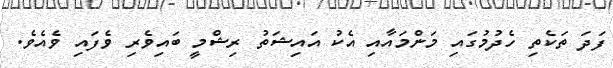
ފަދަ ތަކެތި ހެދުމުގައި މަންމައާއި އެކު އައިޝަތު ރިޝްމީ ބައިވެރި ވެފައި ވެއެވެ.